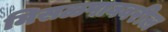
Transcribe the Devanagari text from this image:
मिसळपाववरील